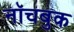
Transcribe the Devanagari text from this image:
नॉचबुक